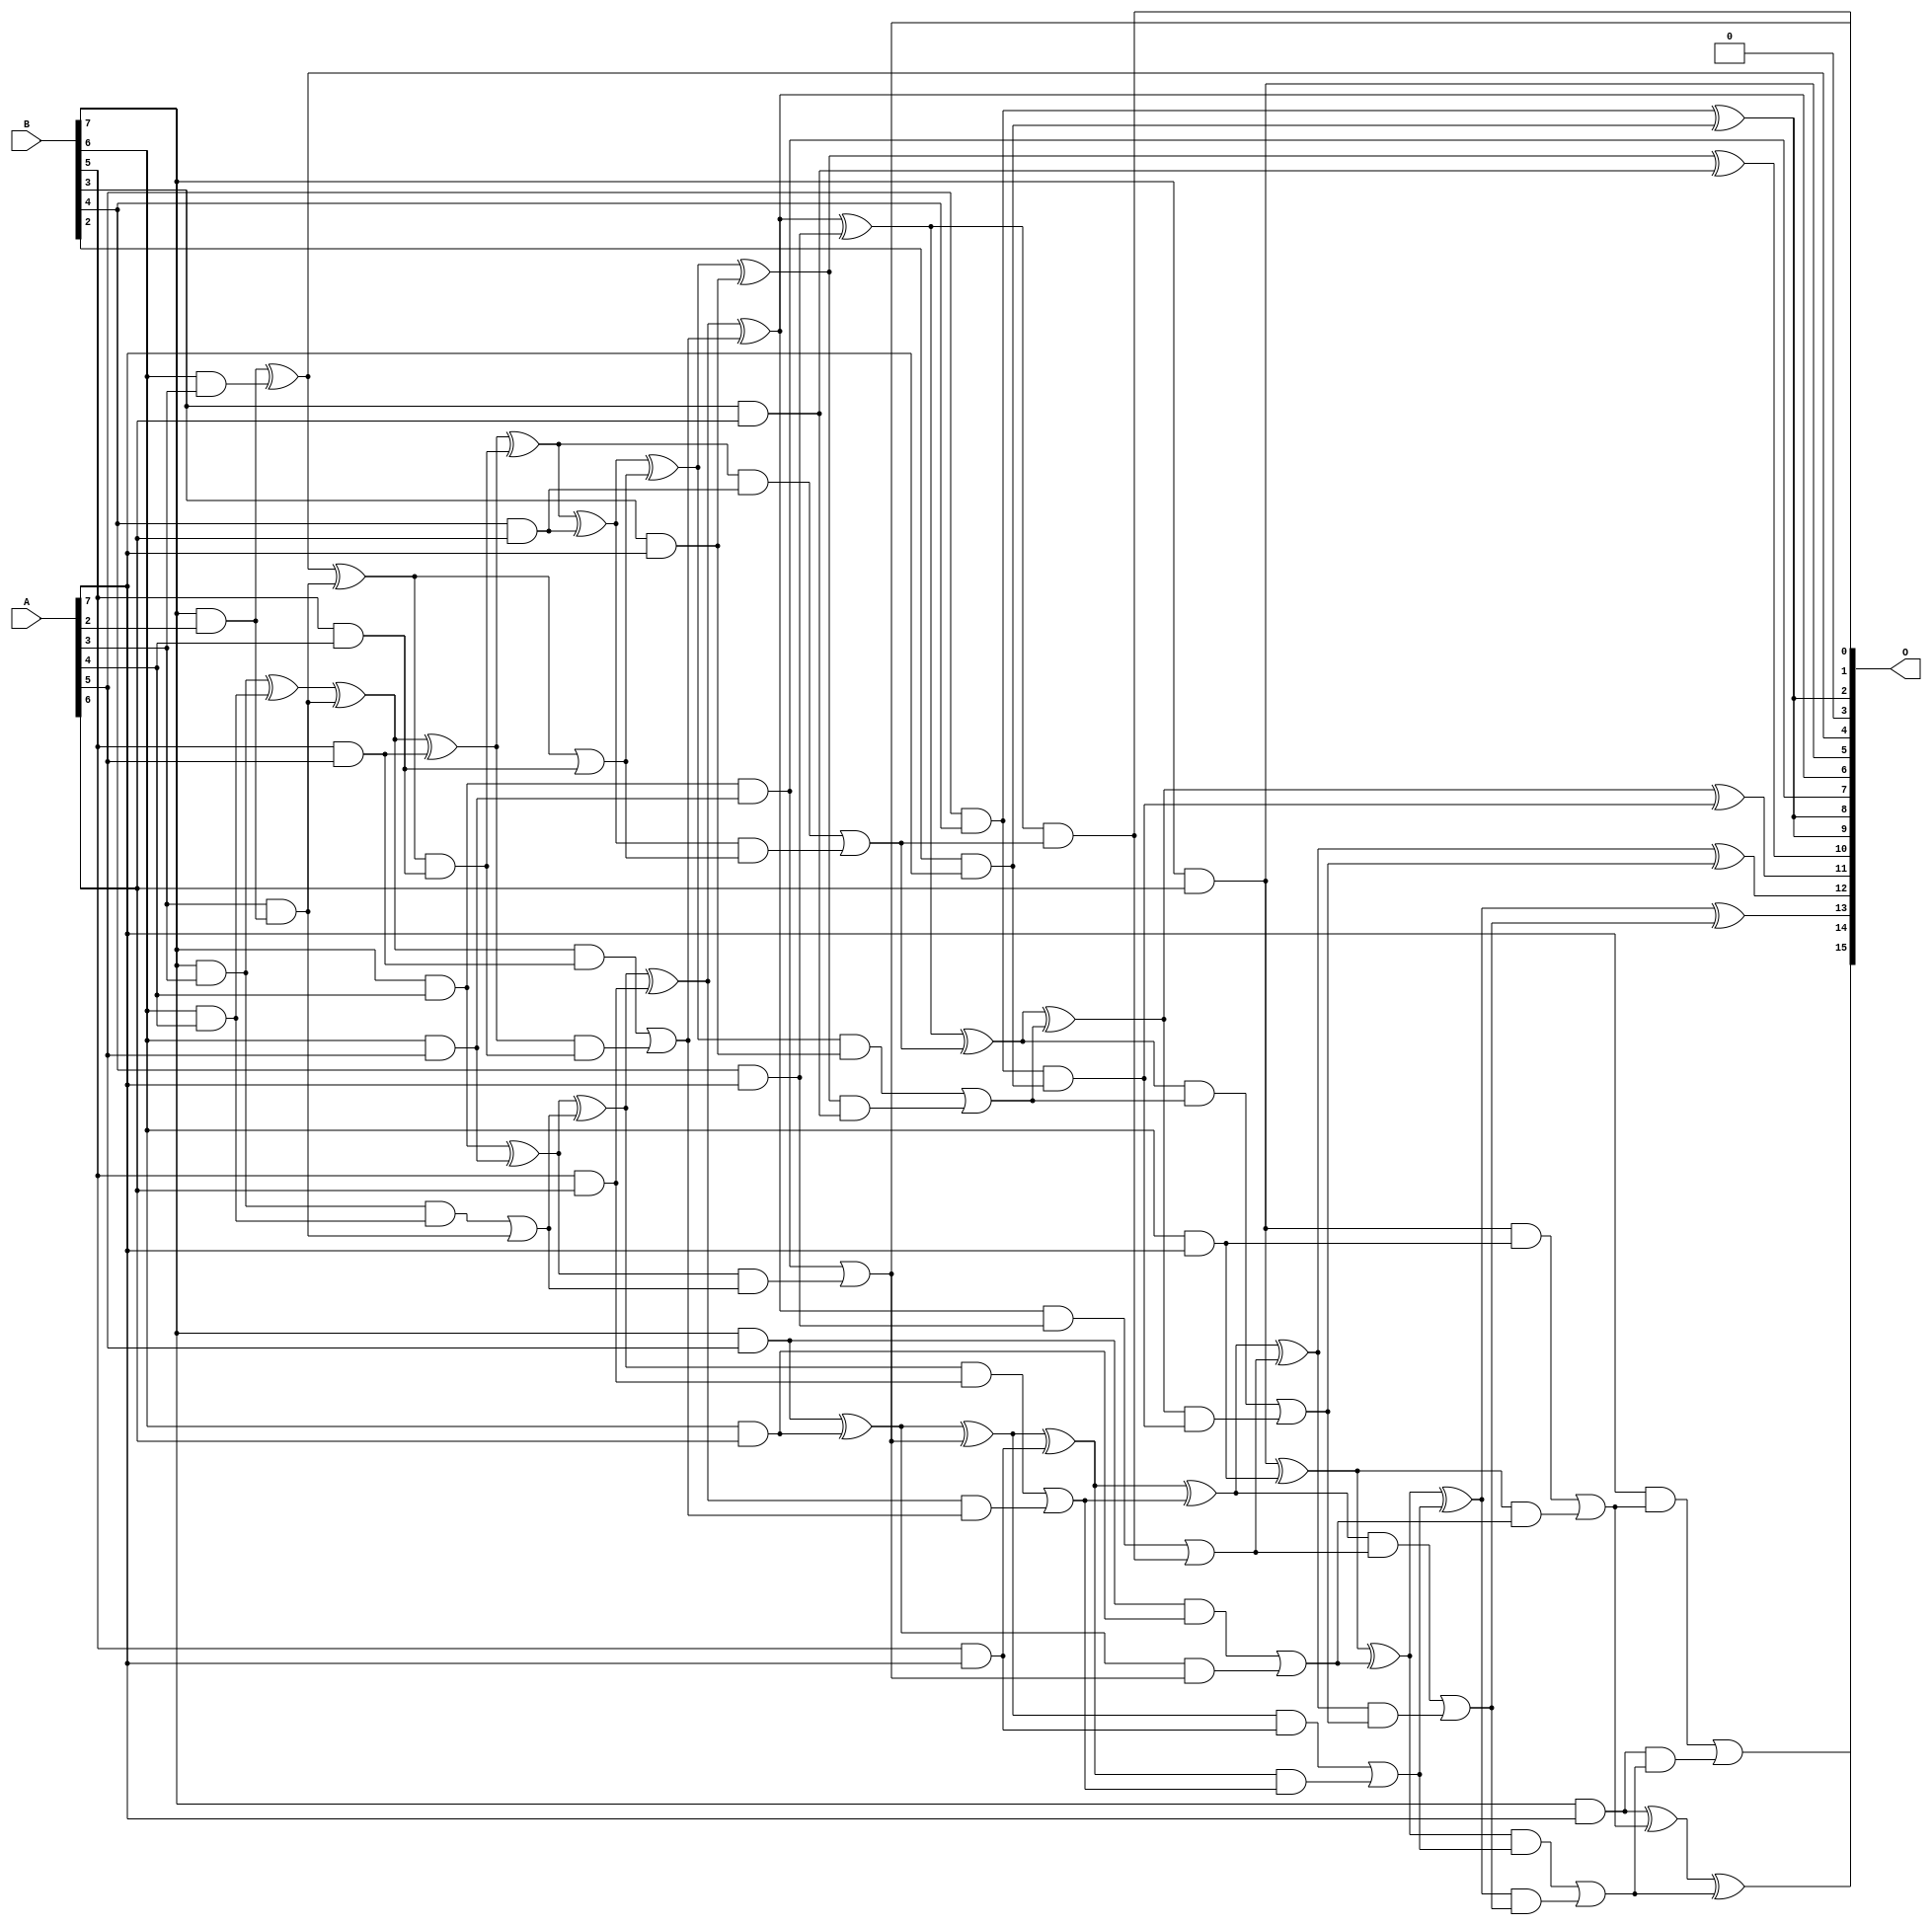
/***
* This code is a part of EvoApproxLib library (ehw.fit.vutbr.cz/approxlib) distributed under The MIT License.
* When used, please cite the following article(s): V. Mrazek, R. Hrbacek, Z. Vasicek and L. Sekanina, "EvoApprox8b: Library of approximate adders and multipliers for circuit design and benchmarking of approximation methods". Design, Automation & Test in Europe Conference & Exhibition (DATE), 2017, Lausanne, 2017, pp. 258-261. doi: 10.23919/DATE.2017.7926993 
* This file contains a circuit from a sub-set of pareto optimal circuits with respect to the pwr and wce parameters
***/
// MAE% = 0.56 %
// MAE = 370 
// WCE% = 2.41 %
// WCE = 1577 
// WCRE% = 103.12 %
// EP% = 98.99 %
// MRE% = 10.85 %
// MSE = 209723 
// PDK45_PWR = 0.104 mW
// PDK45_AREA = 239.3 um2
// PDK45_DELAY = 1.00 ns

module mul8u_17KS (
    A,
    B,
    O
);

input [7:0] A;
input [7:0] B;
output [15:0] O;

wire sig_52,sig_53,sig_85,sig_95,sig_96,sig_127,sig_128,sig_130,sig_137,sig_138,sig_139,sig_165,sig_166,sig_170,sig_171,sig_173,sig_174,sig_180,sig_181,sig_182;
wire sig_199,sig_208,sig_209,sig_210,sig_211,sig_212,sig_213,sig_214,sig_215,sig_216,sig_217,sig_222,sig_223,sig_224,sig_225,sig_239,sig_246,sig_247,sig_248,sig_249;
wire sig_250,sig_251,sig_252,sig_253,sig_254,sig_255,sig_256,sig_257,sig_258,sig_259,sig_260,sig_263,sig_264,sig_265,sig_266,sig_267,sig_268,sig_284,sig_285,sig_286;
wire sig_287,sig_288,sig_289,sig_290,sig_291,sig_292,sig_293,sig_294,sig_295,sig_296,sig_297,sig_298,sig_299,sig_300,sig_301,sig_302,sig_303,sig_309,sig_313,sig_316;
wire sig_317,sig_318,sig_319,sig_320,sig_321,sig_322,sig_323,sig_324,sig_325,sig_326,sig_327,sig_328,sig_329,sig_330,sig_331,sig_332,sig_333,sig_334,sig_335;

assign sig_52 = B[7] & A[2];
assign sig_53 = B[7] & A[2];
assign sig_85 = A[3] & sig_52;
assign sig_95 = B[6] & A[3];
assign sig_96 = B[7] & A[3];
assign sig_127 = sig_53 ^ sig_95;
assign sig_128 = sig_53 & A[3];
assign sig_130 = sig_127 ^ sig_85;
assign sig_137 = B[5] & A[4];
assign sig_138 = B[6] & A[4];
assign sig_139 = B[7] & A[4];
assign sig_165 = sig_130 | sig_137;
assign sig_166 = sig_130 & sig_137;
assign sig_170 = sig_96 ^ sig_138;
assign sig_171 = sig_96 & sig_138;
assign sig_173 = sig_170 ^ sig_85;
assign sig_174 = sig_171 | sig_128;
assign sig_180 = B[5] & A[5];
assign sig_181 = B[6] & A[5];
assign sig_182 = B[7] & A[5];
assign sig_199 = B[3] & A[6];
assign sig_208 = sig_173 ^ sig_180;
assign sig_209 = sig_173 & sig_180;
assign sig_210 = sig_208 & sig_166;
assign sig_211 = sig_208 ^ sig_166;
assign sig_212 = sig_209 | sig_210;
assign sig_213 = sig_139 ^ sig_181;
assign sig_214 = sig_139 & sig_181;
assign sig_215 = sig_213 & sig_174;
assign sig_216 = sig_213 ^ sig_174;
assign sig_217 = sig_214 | sig_215;
assign sig_222 = B[4] & A[6];
assign sig_223 = B[5] & A[6];
assign sig_224 = B[6] & A[6];
assign sig_225 = B[7] & A[6];
assign sig_239 = A[5] & B[4];
assign sig_246 = sig_211 ^ sig_222;
assign sig_247 = sig_211 & sig_222;
assign sig_248 = sig_246 & sig_165;
assign sig_249 = sig_246 ^ sig_165;
assign sig_250 = sig_247 | sig_248;
assign sig_251 = sig_216 ^ sig_223;
assign sig_252 = sig_216 & sig_223;
assign sig_253 = sig_251 & sig_212;
assign sig_254 = sig_251 ^ sig_212;
assign sig_255 = sig_252 | sig_253;
assign sig_256 = sig_182 ^ sig_224;
assign sig_257 = sig_182 & sig_224;
assign sig_258 = sig_256 & sig_217;
assign sig_259 = sig_256 ^ sig_217;
assign sig_260 = sig_257 | sig_258;
assign sig_263 = B[2] & A[7];
assign sig_264 = B[3] & A[7];
assign sig_265 = B[4] & A[7];
assign sig_266 = B[5] & A[7];
assign sig_267 = B[6] & A[7];
assign sig_268 = B[7] & A[7];
assign sig_284 = sig_249 ^ sig_264;
assign sig_285 = sig_249 & sig_264;
assign sig_286 = sig_284 & sig_199;
assign sig_287 = sig_284 ^ sig_199;
assign sig_288 = sig_285 | sig_286;
assign sig_289 = sig_254 ^ sig_265;
assign sig_290 = sig_254 & sig_265;
assign sig_291 = sig_289 & sig_250;
assign sig_292 = sig_289 ^ sig_250;
assign sig_293 = sig_290 | sig_291;
assign sig_294 = sig_259 ^ sig_266;
assign sig_295 = sig_259 & sig_266;
assign sig_296 = sig_294 & sig_255;
assign sig_297 = sig_294 ^ sig_255;
assign sig_298 = sig_295 | sig_296;
assign sig_299 = sig_225 ^ sig_267;
assign sig_300 = sig_225 & sig_267;
assign sig_301 = sig_299 & sig_260;
assign sig_302 = sig_299 ^ sig_260;
assign sig_303 = sig_300 | sig_301;
assign sig_309 = sig_239 ^ sig_263;
assign sig_313 = sig_239 & sig_263;
assign sig_316 = sig_292 ^ sig_288;
assign sig_317 = sig_292 & sig_288;
assign sig_318 = sig_316 & sig_313;
assign sig_319 = sig_316 ^ sig_313;
assign sig_320 = sig_317 | sig_318;
assign sig_321 = sig_297 ^ sig_293;
assign sig_322 = sig_297 & sig_293;
assign sig_323 = sig_321 & sig_320;
assign sig_324 = sig_321 ^ sig_320;
assign sig_325 = sig_322 | sig_323;
assign sig_326 = sig_302 ^ sig_298;
assign sig_327 = sig_302 & sig_298;
assign sig_328 = sig_326 & sig_325;
assign sig_329 = sig_326 ^ sig_325;
assign sig_330 = sig_327 | sig_328;
assign sig_331 = sig_268 ^ sig_303;
assign sig_332 = A[7] & sig_303;
assign sig_333 = sig_268 & sig_330;
assign sig_334 = sig_331 ^ sig_330;
assign sig_335 = sig_332 | sig_333;

assign O[15] = sig_335;
assign O[14] = sig_334;
assign O[13] = sig_329;
assign O[12] = sig_324;
assign O[11] = sig_319;
assign O[10] = sig_287;
assign O[9] = sig_309;
assign O[8] = sig_309;
assign O[7] = sig_214;
assign O[6] = sig_254;
assign O[5] = sig_225;
assign O[4] = sig_127;
assign O[3] = 1'b0;
assign O[2] = sig_309;
assign O[1] = sig_291;
assign O[0] = sig_217;

endmodule